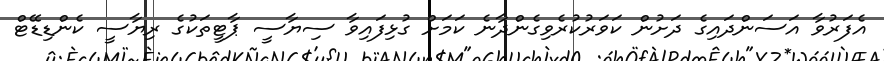
އެފަރުވާ އަސަންދައިގެ ދަށުން ކަވަރުކުރެވިގެންދާނެ ކަމަށް ގުޅިފައިވާ ސިޔާސީ ޕާޓީތަކުގެ ރިޔާސީ ކެންޑިޑޭޓް